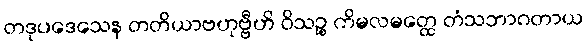
တဒုပဒေသေန တတိယာဗဟုဗ္ဗီဟိ ဝိသဉ္စ ကိမလမတ္ထေ တံသဘာဂတာယ